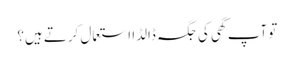
تو آپ گھی کی جگہ ڈالڈا استعمال کرتے ہیں؟